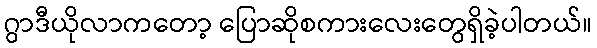
ဂွာဒီယိုလာကတော့ ပြောဆိုစကားလေးတွေရှိခဲ့ပါတယ်။